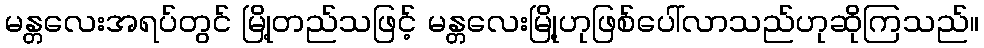
မန္တလေးအရပ်တွင် မြို့တည်သဖြင့် မန္တလေးမြို့ဟုဖြစ်ပေါ်လာသည်ဟုဆိုကြသည်။